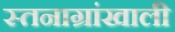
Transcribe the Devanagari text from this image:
स्तनाग्रांखाली